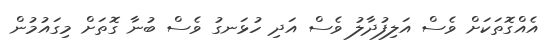
އެއްގޮތަަކަށް ވެސް އަލިފުދާލު ވެސް އަދި ހުޅަނގު ވެސް ބުނާ ގޮތަށް މިގައުމުން